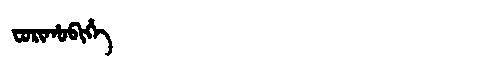
Manchu: ᠸᠣᡵᡳᡥᠣᠪᡳᡥᡝ
Romanization: FORIHOBIHE